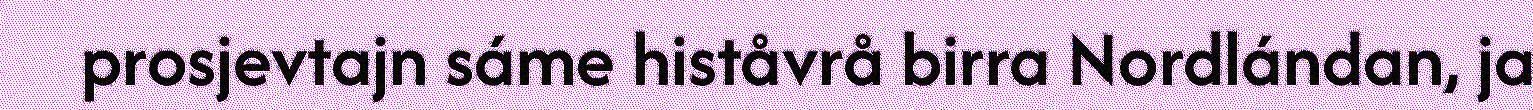
prosjevtajn sáme histåvrå birra Nordlándan, ja